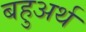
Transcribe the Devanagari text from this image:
बहुअर्थ